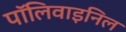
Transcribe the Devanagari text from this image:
पॉलिवाइनिल